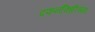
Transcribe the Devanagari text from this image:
दफनविधीच्या